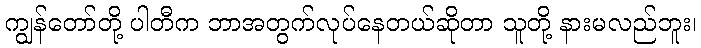
ကျွန်တော်တို့ ပါတီက ဘာအတွက်လုပ်နေတယ်ဆိုတာ သူတို့ နားမလည်ဘူး၊